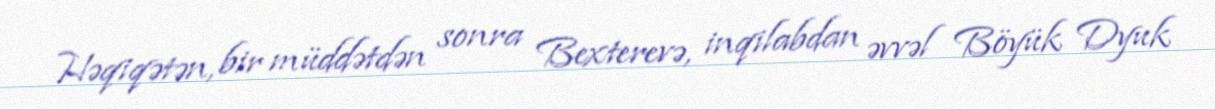
Həqiqətən, bir müddətdən sonra Bexterevə, inqilabdan əvvəl Böyük Dyuk